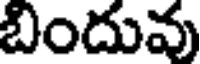
బిందువు